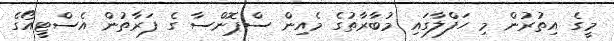
މީގެ އިތުރުން މި ހަފްލާގައި މުބާރާތުގެ މެއިން ސްޕޮންސާ ގެ ފަރާތުން އެސްޓީއޯގެ